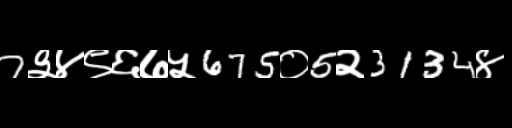
Text: 7३४९६७५675०5२3134४